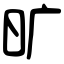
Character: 旷